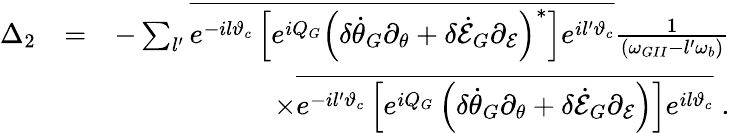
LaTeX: \begin{array}{rlr}{\Delta_{2}}&{=}&{-\sum_{l^{\prime}}\overline{{e^{-il\vartheta_{c}}\left[e^{iQ_{G}}\left(\delta\dot{\theta}_{G}\partial_{\theta}+\delta\dot{\cal E}_{G}\partial_{\cal E}\right)^{*}\right]e^{il^{\prime}\vartheta_{c}}}}\frac{1}{(\omega_{GII}-l^{\prime}\omega_{b})}}\\ &{}&{\times\overline{{e^{-il^{\prime}\vartheta_{c}}\left[e^{iQ_{G}}\left(\delta\dot{\theta}_{G}\partial_{\theta}+\delta\dot{\cal E}_{G}\partial_{\cal E}\right)\right]e^{il\vartheta_{c}}}}\; .}\end{array}